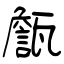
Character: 甔